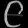
Digit: ၉